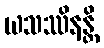
ယသဿိနန္တိ